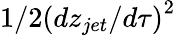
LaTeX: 1/2\left(dz_{jet}/d\tau\right)^{2}